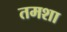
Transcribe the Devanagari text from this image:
तमशा